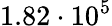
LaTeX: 1.82\cdot 10^{5}